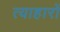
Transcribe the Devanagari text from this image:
त्याहारों